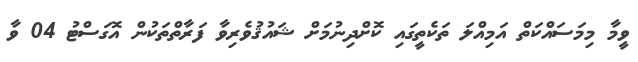
ވީމާ މިމަސައްކަތް އަމިއްލަ ތަކެތީގައި ކޮށްދިނުމަށް ޝައުޤުވެރިވާ ފަރާތްތަކުން އޮގަސްޓު 04 ވާ